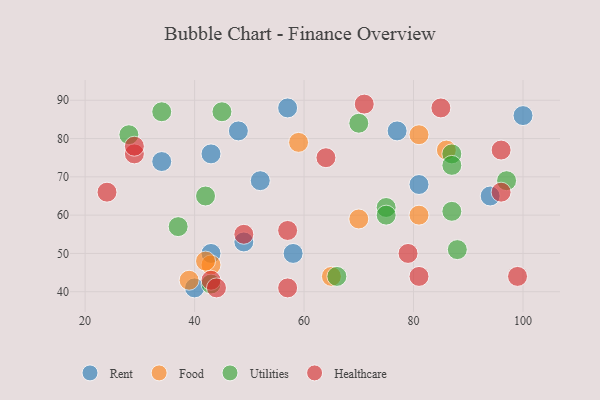
{"axis": {"x": "GDP", "y": "Life Expectancy"}, "legend": ["Food", "Healthcare", "Rent", "Utilities"], "data": [{"x": "43", "y": 76, "type": "Rent"}, {"x": "58", "y": 50, "type": "Rent"}, {"x": "52", "y": 69, "type": "Rent"}, {"x": "40", "y": 41, "type": "Rent"}, {"x": "43", "y": 50, "type": "Rent"}, {"x": "77", "y": 82, "type": "Rent"}, {"x": "57", "y": 88, "type": "Rent"}, {"x": "49", "y": 53, "type": "Rent"}, {"x": "81", "y": 68, "type": "Rent"}, {"x": "48", "y": 82, "type": "Rent"}, {"x": "34", "y": 74, "type": "Rent"}, {"x": "100", "y": 86, "type": "Rent"}, {"x": "94", "y": 65, "type": "Rent"}, {"x": "70", "y": 59, "type": "Food"}, {"x": "65", "y": 44, "type": "Food"}, {"x": "86", "y": 77, "type": "Food"}, {"x": "43", "y": 47, "type": "Food"}, {"x": "59", "y": 79, "type": "Food"}, {"x": "39", "y": 43, "type": "Food"}, {"x": "42", "y": 48, "type": "Food"}, {"x": "81", "y": 60, "type": "Food"}, {"x": "81", "y": 81, "type": "Food"}, {"x": "87", "y": 76, "type": "Utilities"}, {"x": "75", "y": 62, "type": "Utilities"}, {"x": "43", "y": 42, "type": "Utilities"}, {"x": "88", "y": 51, "type": "Utilities"}, {"x": "45", "y": 87, "type": "Utilities"}, {"x": "66", "y": 44, "type": "Utilities"}, {"x": "75", "y": 60, "type": "Utilities"}, {"x": "70", "y": 84, "type": "Utilities"}, {"x": "34", "y": 87, "type": "Utilities"}, {"x": "97", "y": 69, "type": "Utilities"}, {"x": "87", "y": 61, "type": "Utilities"}, {"x": "87", "y": 73, "type": "Utilities"}, {"x": "28", "y": 81, "type": "Utilities"}, {"x": "42", "y": 65, "type": "Utilities"}, {"x": "37", "y": 57, "type": "Utilities"}, {"x": "57", "y": 41, "type": "Healthcare"}, {"x": "29", "y": 76, "type": "Healthcare"}, {"x": "43", "y": 43, "type": "Healthcare"}, {"x": "57", "y": 56, "type": "Healthcare"}, {"x": "99", "y": 44, "type": "Healthcare"}, {"x": "85", "y": 88, "type": "Healthcare"}, {"x": "24", "y": 66, "type": "Healthcare"}, {"x": "44", "y": 41, "type": "Healthcare"}, {"x": "49", "y": 55, "type": "Healthcare"}, {"x": "79", "y": 50, "type": "Healthcare"}, {"x": "71", "y": 89, "type": "Healthcare"}, {"x": "96", "y": 77, "type": "Healthcare"}, {"x": "29", "y": 78, "type": "Healthcare"}, {"x": "96", "y": 66, "type": "Healthcare"}, {"x": "64", "y": 75, "type": "Healthcare"}, {"x": "81", "y": 44, "type": "Healthcare"}]}